Annual vaccination report of Bihar and Orissa - 1911-1928
Year: 1911
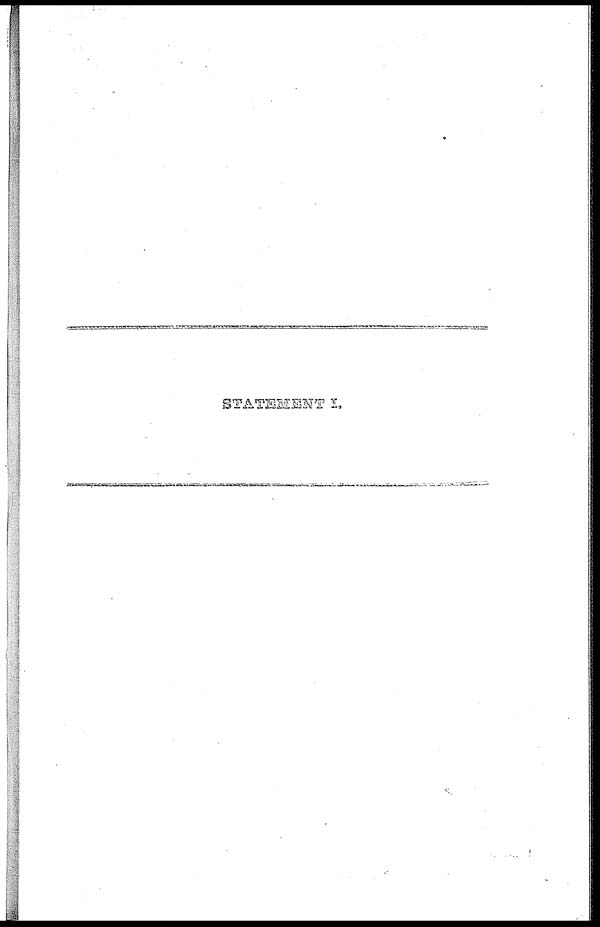
STATEMENT I.